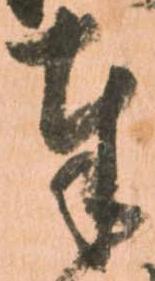
奉